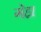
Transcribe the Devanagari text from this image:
गेहा